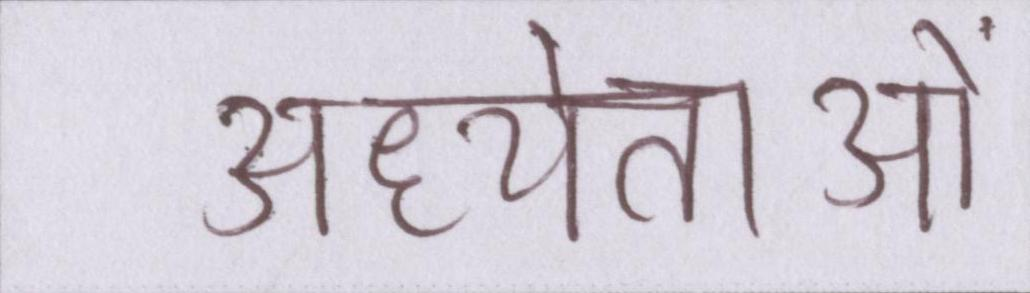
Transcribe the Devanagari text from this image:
अध्येताओं